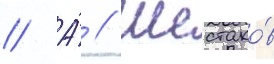
// А́ // Шестако́в